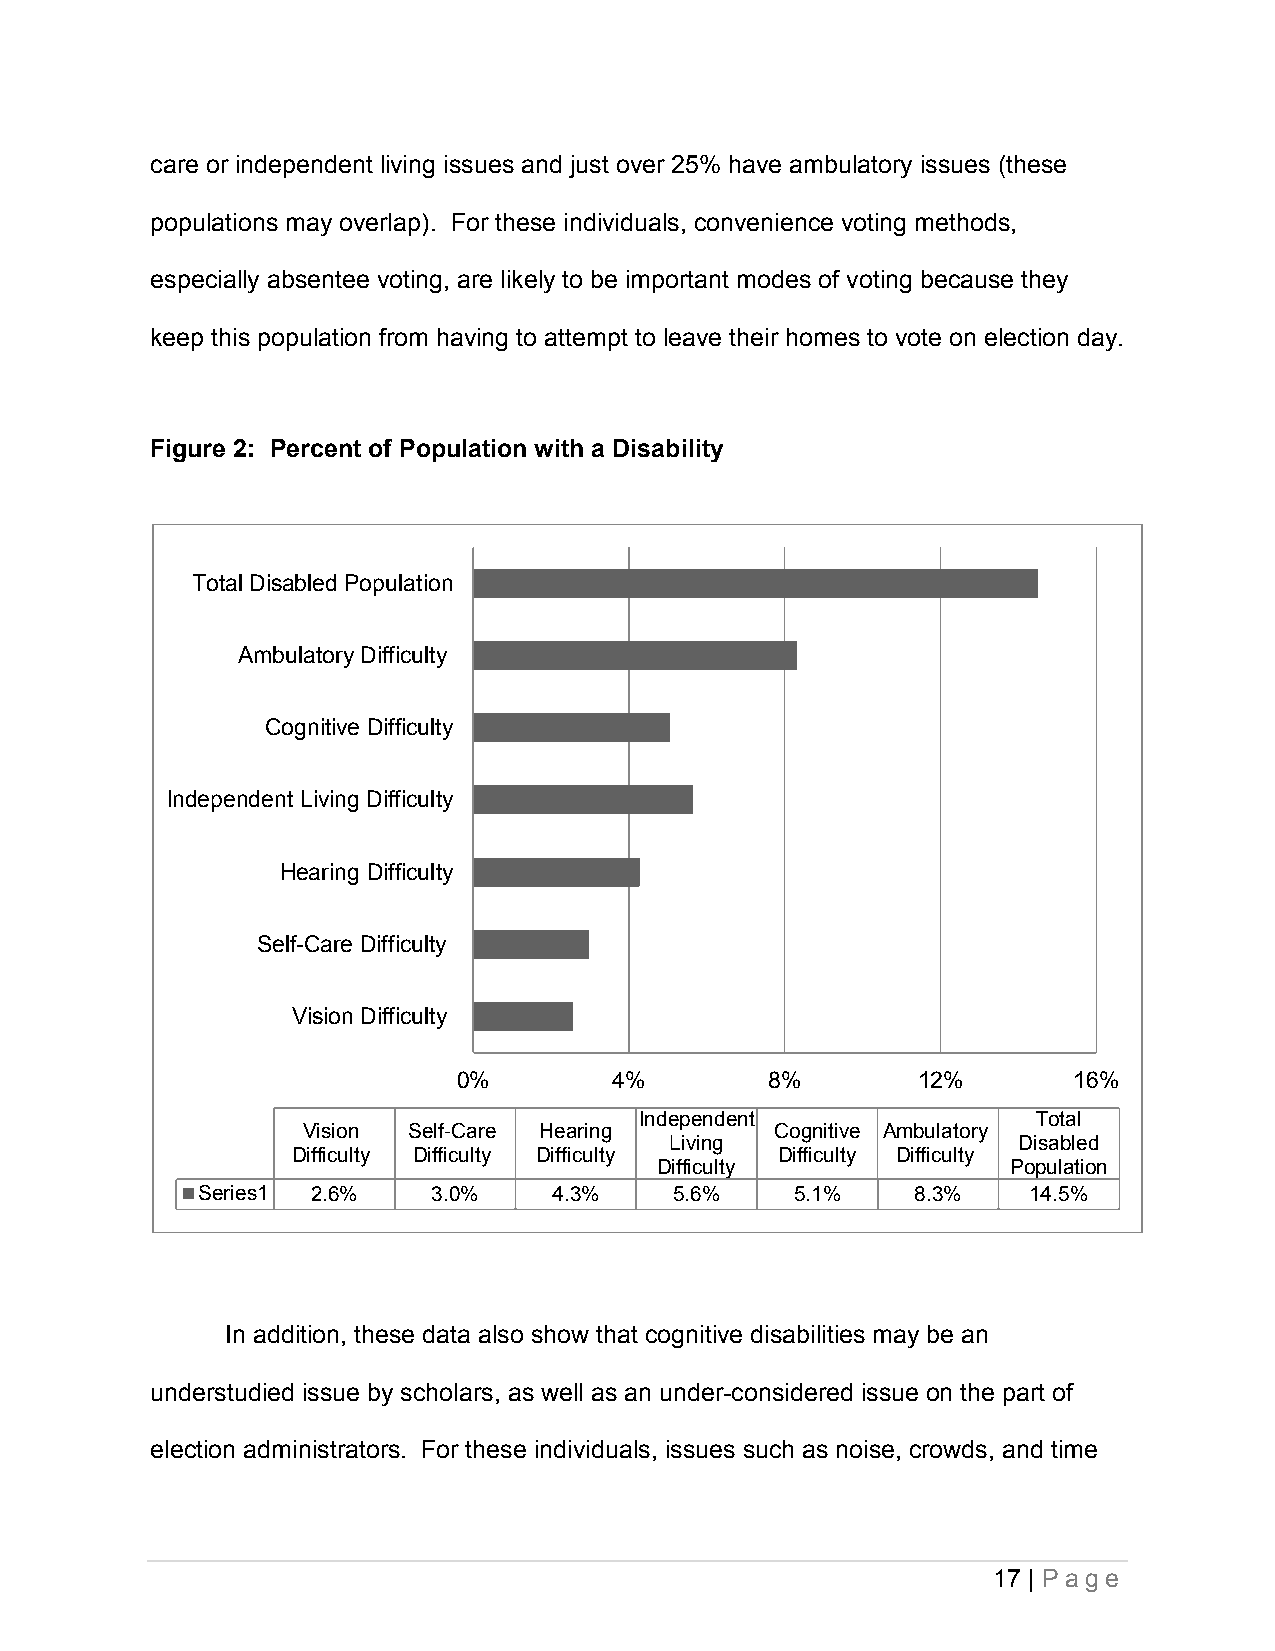
care or independent living issues and just over 25% have ambulatory issues (these
 populations may overlap). For these individuals, convenience voting methods,
 especially absentee voting, are likely to be important modes of voting because they
 keep this population from having to attempt to leave their homes to vote on election day.
 Figure 2: Percent of Population with a Disability
 Total Disabled Population
 Ambulatory Difficulty
 Cognitive Difficulty
 Independent Living Difficulty
 Hearing Difficulty
 Self-Care Difficulty
 Vision Difficulty
 0%         4%        8%        12%       16%
 Independent                Total
 Vision Self-Care Hearing       Cognitive Ambulatory
 Living                 Disabled
 Difficulty Difficulty Difficulty Difficulty Difficulty
 Difficulty             Population
 Series1 2.6%    3.0%    4.3%    5.6%    5.1%    8.3%   14.5%
 In addition, these data also show that cognitive disabilities may be an
 understudied issue by scholars, as well as an under-considered issue on the part of
 election administrators. For these individuals, issues such as noise, crowds, and time
 17 | P a ge